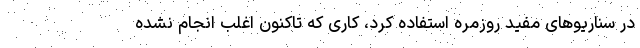
در سناریوهای مفید روزمره استفاده کرد، کاری که تاکنون اغلب انجام نشده